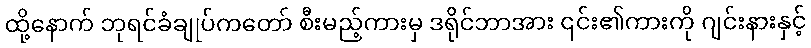
ထို့နောက် ဘုရင်ခံချုပ်ကတော် စီးမည့်ကားမှ ဒရိုင်ဘာအား ၎င်း၏ကားကို ဂျင်းနားနှင့်